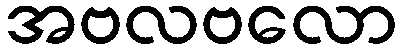
အဗလဗလော